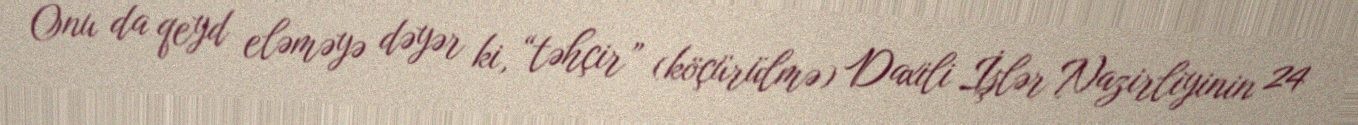
Onu da qeyd eləməyə dəyər ki, “təhçir” (köçürülmə) Daxili İşlər Nazirliyinin 24